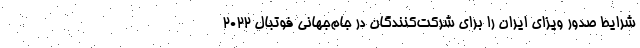
شرایط صدور ویزای ایران را برای شرکت‌کنندگان در جام‌جهانی فوتبال ۲۰۲۲